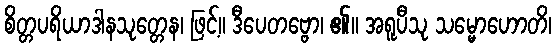
စိတ္တပရိယာဒါနသုတ္တေန၊ ဖြင့်။ ဒီပေတဗ္ဗော၊ ၏။ အရူပီသု သမ္မောဟောတိ၊